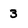
Character: 3